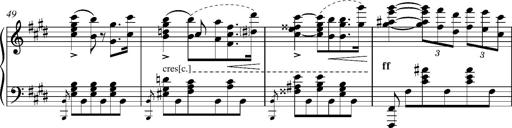
Title: Madrigal
Composer: Lucien Wurmser
Key: A major